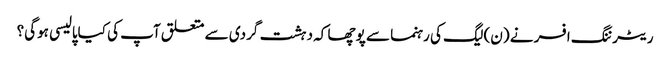
ریٹرننگ افسر نے (ن) لیگ کی رہنما سے پوچھا کہ دہشت گردی سے متعلق آپ کی کیاپالیسی ہوگی؟